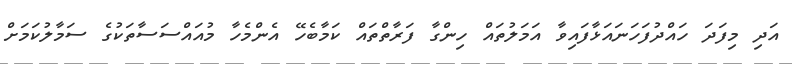
އަދި މިފަދަ ހައްދުފަހަނައަޅާފައިވާ އަމަލުތައް ހިންގާ ފަރާތްތައް ކަމާބެހޭ އެންމެހާ މުއައްސަސާތަކުގެ ސަމާލުކަމަށް